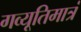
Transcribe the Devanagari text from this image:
गव्यूतिमात्रं